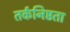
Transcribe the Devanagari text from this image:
तर्कनिष्ठता